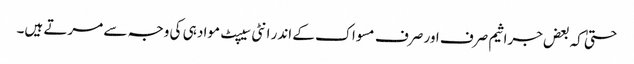
حتیٰ کہ بعض جراثیم صرف اور صرف مسواک کے اندر انٹی سیپٹ مواد ہی کی وجہ سے مرتے ہیں۔